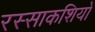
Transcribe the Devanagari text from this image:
रस्साकशियों